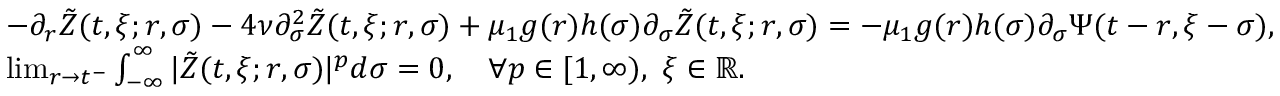
\begin{array} { r l } & { - \partial _ { r } \tilde { Z } ( t , \xi ; r , \sigma ) - 4 \nu \partial _ { \sigma } ^ { 2 } \tilde { Z } ( t , \xi ; r , \sigma ) + \mu _ { 1 } g ( r ) h ( \sigma ) \partial _ { \sigma } \tilde { Z } ( t , \xi ; r , \sigma ) = - \mu _ { 1 } g ( r ) h ( \sigma ) \partial _ { \sigma } \Psi ( t - r , \xi - \sigma ) , } \\ & { \operatorname* { l i m } _ { r \rightarrow t ^ { - } } \int _ { - \infty } ^ { \infty } | \tilde { Z } ( t , \xi ; r , \sigma ) | ^ { p } d \sigma = 0 , \quad \forall p \in [ 1 , \infty ) , \ \xi \in \mathbb { R } . } \end{array}